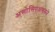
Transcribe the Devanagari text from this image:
असोसिएअशनने